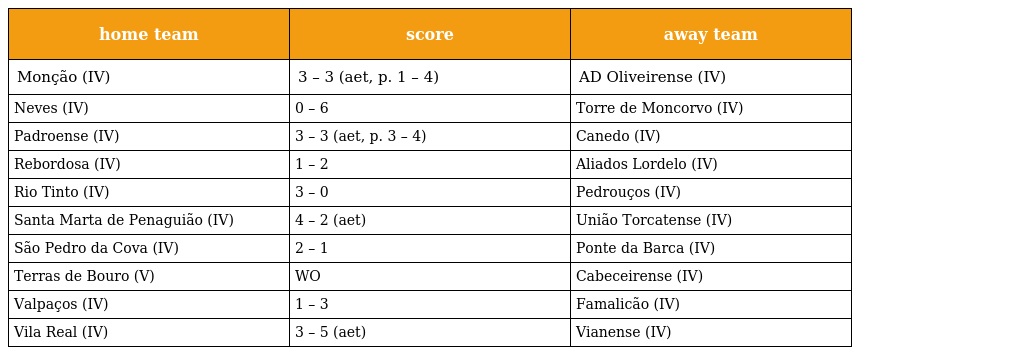
| home team | score | away team |
 | --- | --- | --- |
 | Monção (IV) | 3 – 3 (aet, p. 1 – 4) | AD Oliveirense (IV) |
 | Neves (IV) | 0 – 6 | Torre de Moncorvo (IV) |
 | Padroense (IV) | 3 – 3 (aet, p. 3 – 4) | Canedo (IV) |
 | Rebordosa (IV) | 1 – 2 | Aliados Lordelo (IV) |
 | Rio Tinto (IV) | 3 – 0 | Pedrouços (IV) |
 | Santa Marta de Penaguião (IV) | 4 – 2 (aet) | União Torcatense (IV) |
 | São Pedro da Cova (IV) | 2 – 1 | Ponte da Barca (IV) |
 | Terras de Bouro (V) | WO | Cabeceirense (IV) |
 | Valpaços (IV) | 1 – 3 | Famalicão (IV) |
 | Vila Real (IV) | 3 – 5 (aet) | Vianense (IV) |